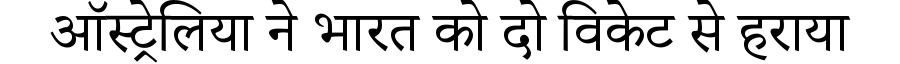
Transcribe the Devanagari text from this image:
ऑस्ट्रेलिया ने भारत को दो विकेट से हराया